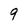
Character: 9